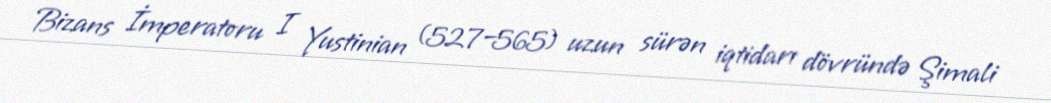
Bizans İmperatoru I Yustinian (527–565) uzun sürən iqtidarı dövründə Şimali